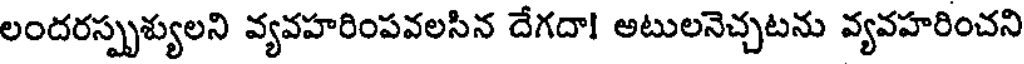
లందరస్పృశ్యులని వ్యవహరింపవలసిన దేగదా! అటులనెచ్చటను వ్యవహరించని